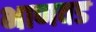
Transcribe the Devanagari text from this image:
भाणवड